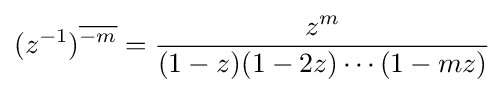
(z^{-1})^{\overline {-m}}={\frac {z^{m}}{(1-z)(1-2z)\cdots (1-mz)}}